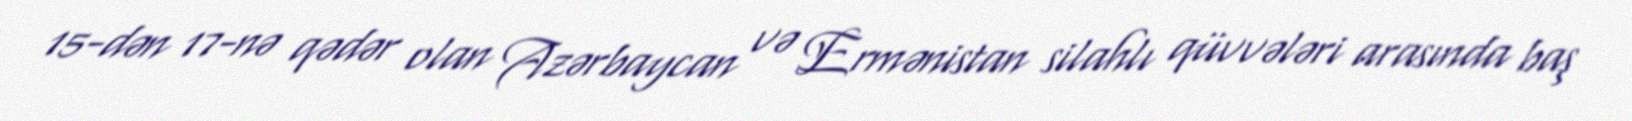
15-dən 17-nə qədər olan Azərbaycan və Ermənistan silahlı qüvvələri arasında baş